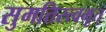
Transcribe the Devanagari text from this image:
सुमतिस्त्वभूत्